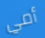
أمي